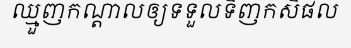
ឈ្មួញកណ្តាលឲ្យទទួលទិញកសិផល